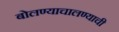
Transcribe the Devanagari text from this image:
बोलण्याचालण्याची